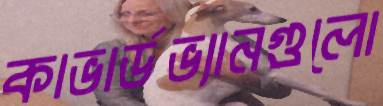
কাভার্ডভ্যানগুলো